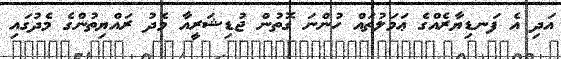
އަދި އެ ފަނޑިޔާރެއްގެ ޢަމަލުތައް ހުންނަ ގޮތުން ޖުޑިޝަރީއާ މެދު ރައްޔިތުންގެ މެދުގައި